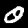
Digit: 0